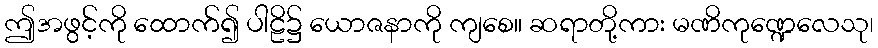
ဤအဖွင့်ကို ထောက်၍ ပါဠိ၌ ယောဇနာကို ကျစေ။ ဆရာတို့ကား မဏိကုဏ္ဍေလေသု၊